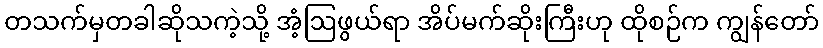
တသက်မှတခါဆိုသကဲ့သို့ အံ့ဩဖွယ်ရာ အိပ်မက်ဆိုးကြီးဟု ထိုစဉ်က ကျွန်တော်